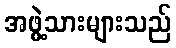
အဖွဲ့သားများသည်